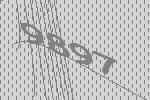
9897